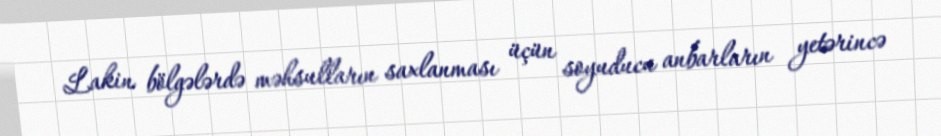
Lakin bölgələrdə məhsulların saxlanması üçün soyuducu anbarların yetərincə